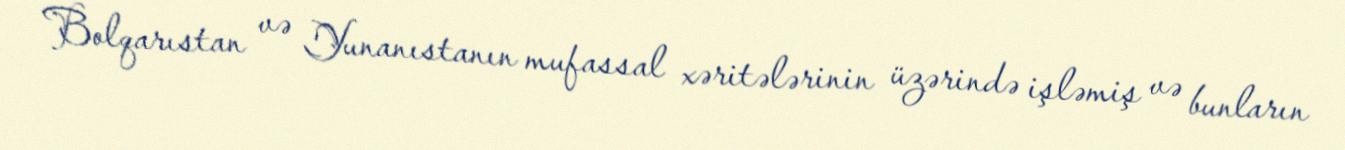
Bolqarıstan və Yunanıstanın mufassal xəritələrinin üzərində işləmiş və bunların